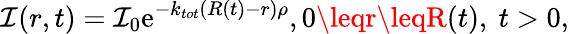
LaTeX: \mathcal{I}(r,t)=\mathcal{I}_{0}\mathrm{e}^{-k_{tot}(R(t)-r)\rho},0\leqr\leqR(t),\ t>0,